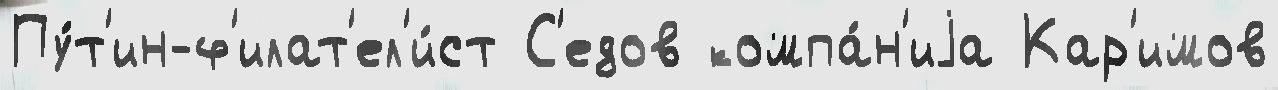
Пу́т'ин-ф'илат'ел'и́ст С'едов компа́н'иjа Кар'имов